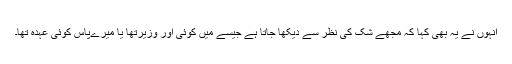
انہوں نے یہ بھی کہا کہ مجھے شک کی نظر سے دیکھا جاتا ہے جیسے میں کوئی اور وزیرتھا یا میرےپاس کوئی عہدہ تھا۔